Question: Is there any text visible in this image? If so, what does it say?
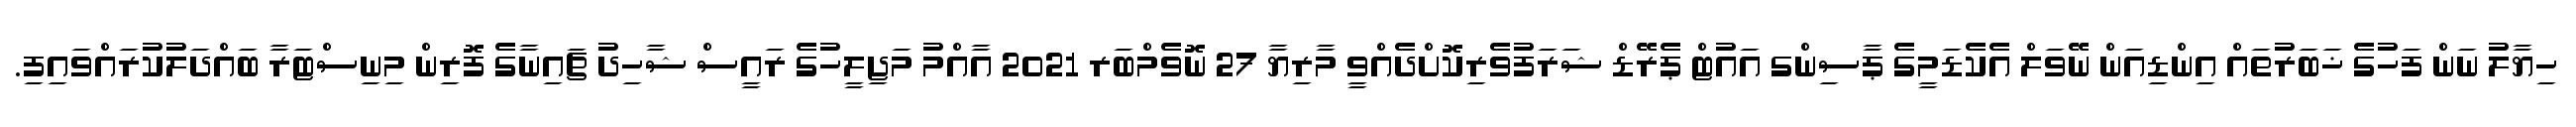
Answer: ހިޔާލު ނަން ފަހުގެ ޚަބަރުތައް އިންޑިއަން ނޭވަލް އެކެޑަމީގެ ޕާސިންގ އައުޓް ޕެރޭޑް ޝަރަފުވެރިކޮށްދެއްވީ މާރިޔާ 27 ނޮވެމްބަރ 2021 އާއްމު މަޖިލީހުގެ ރައީސް ޝާހިދު ޗައިނާގެ ފޮރިން މިނިސްޓަރާ ބައްދަލުކުރައްވައިފި.